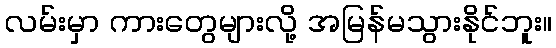
လမ်းမှာ ကားတွေများလို့ အမြန်မသွားနိုင်ဘူး။